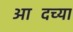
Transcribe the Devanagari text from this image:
आदिंच्या